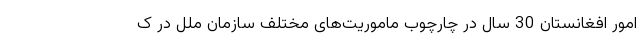
امور افغانستان 30 سال در چارچوب ماموریت‌های مختلف سازمان ملل در ک